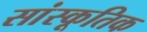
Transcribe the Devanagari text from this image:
सांस्कूतिक